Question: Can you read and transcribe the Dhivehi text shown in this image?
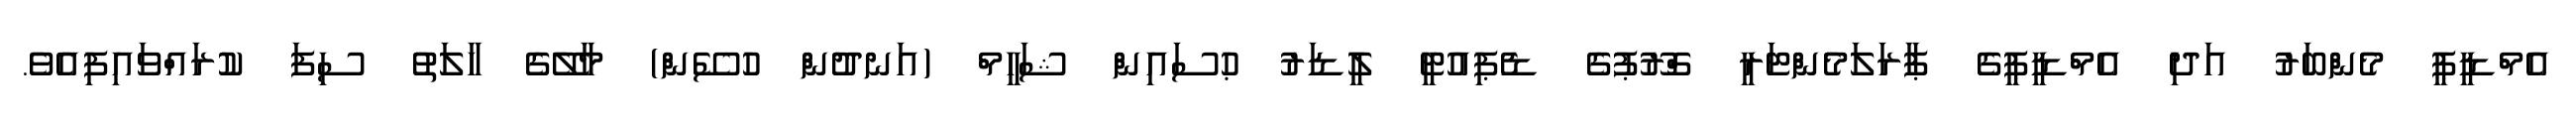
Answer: އެމްޑީޕީ މެންބަރު އަދި އެމްޑީޕީގެ ޕާރަލަމެންޓަރީ ގްރޫޕުގެ ޑެޕިއުޓީ ލީޑަރު ޙުސައިން ޝަހީމް (އަނދުން ހުސޭން) މާލޭގެ ހާލަތު ސިފަ ކުރައްވައިފިއެވެ.